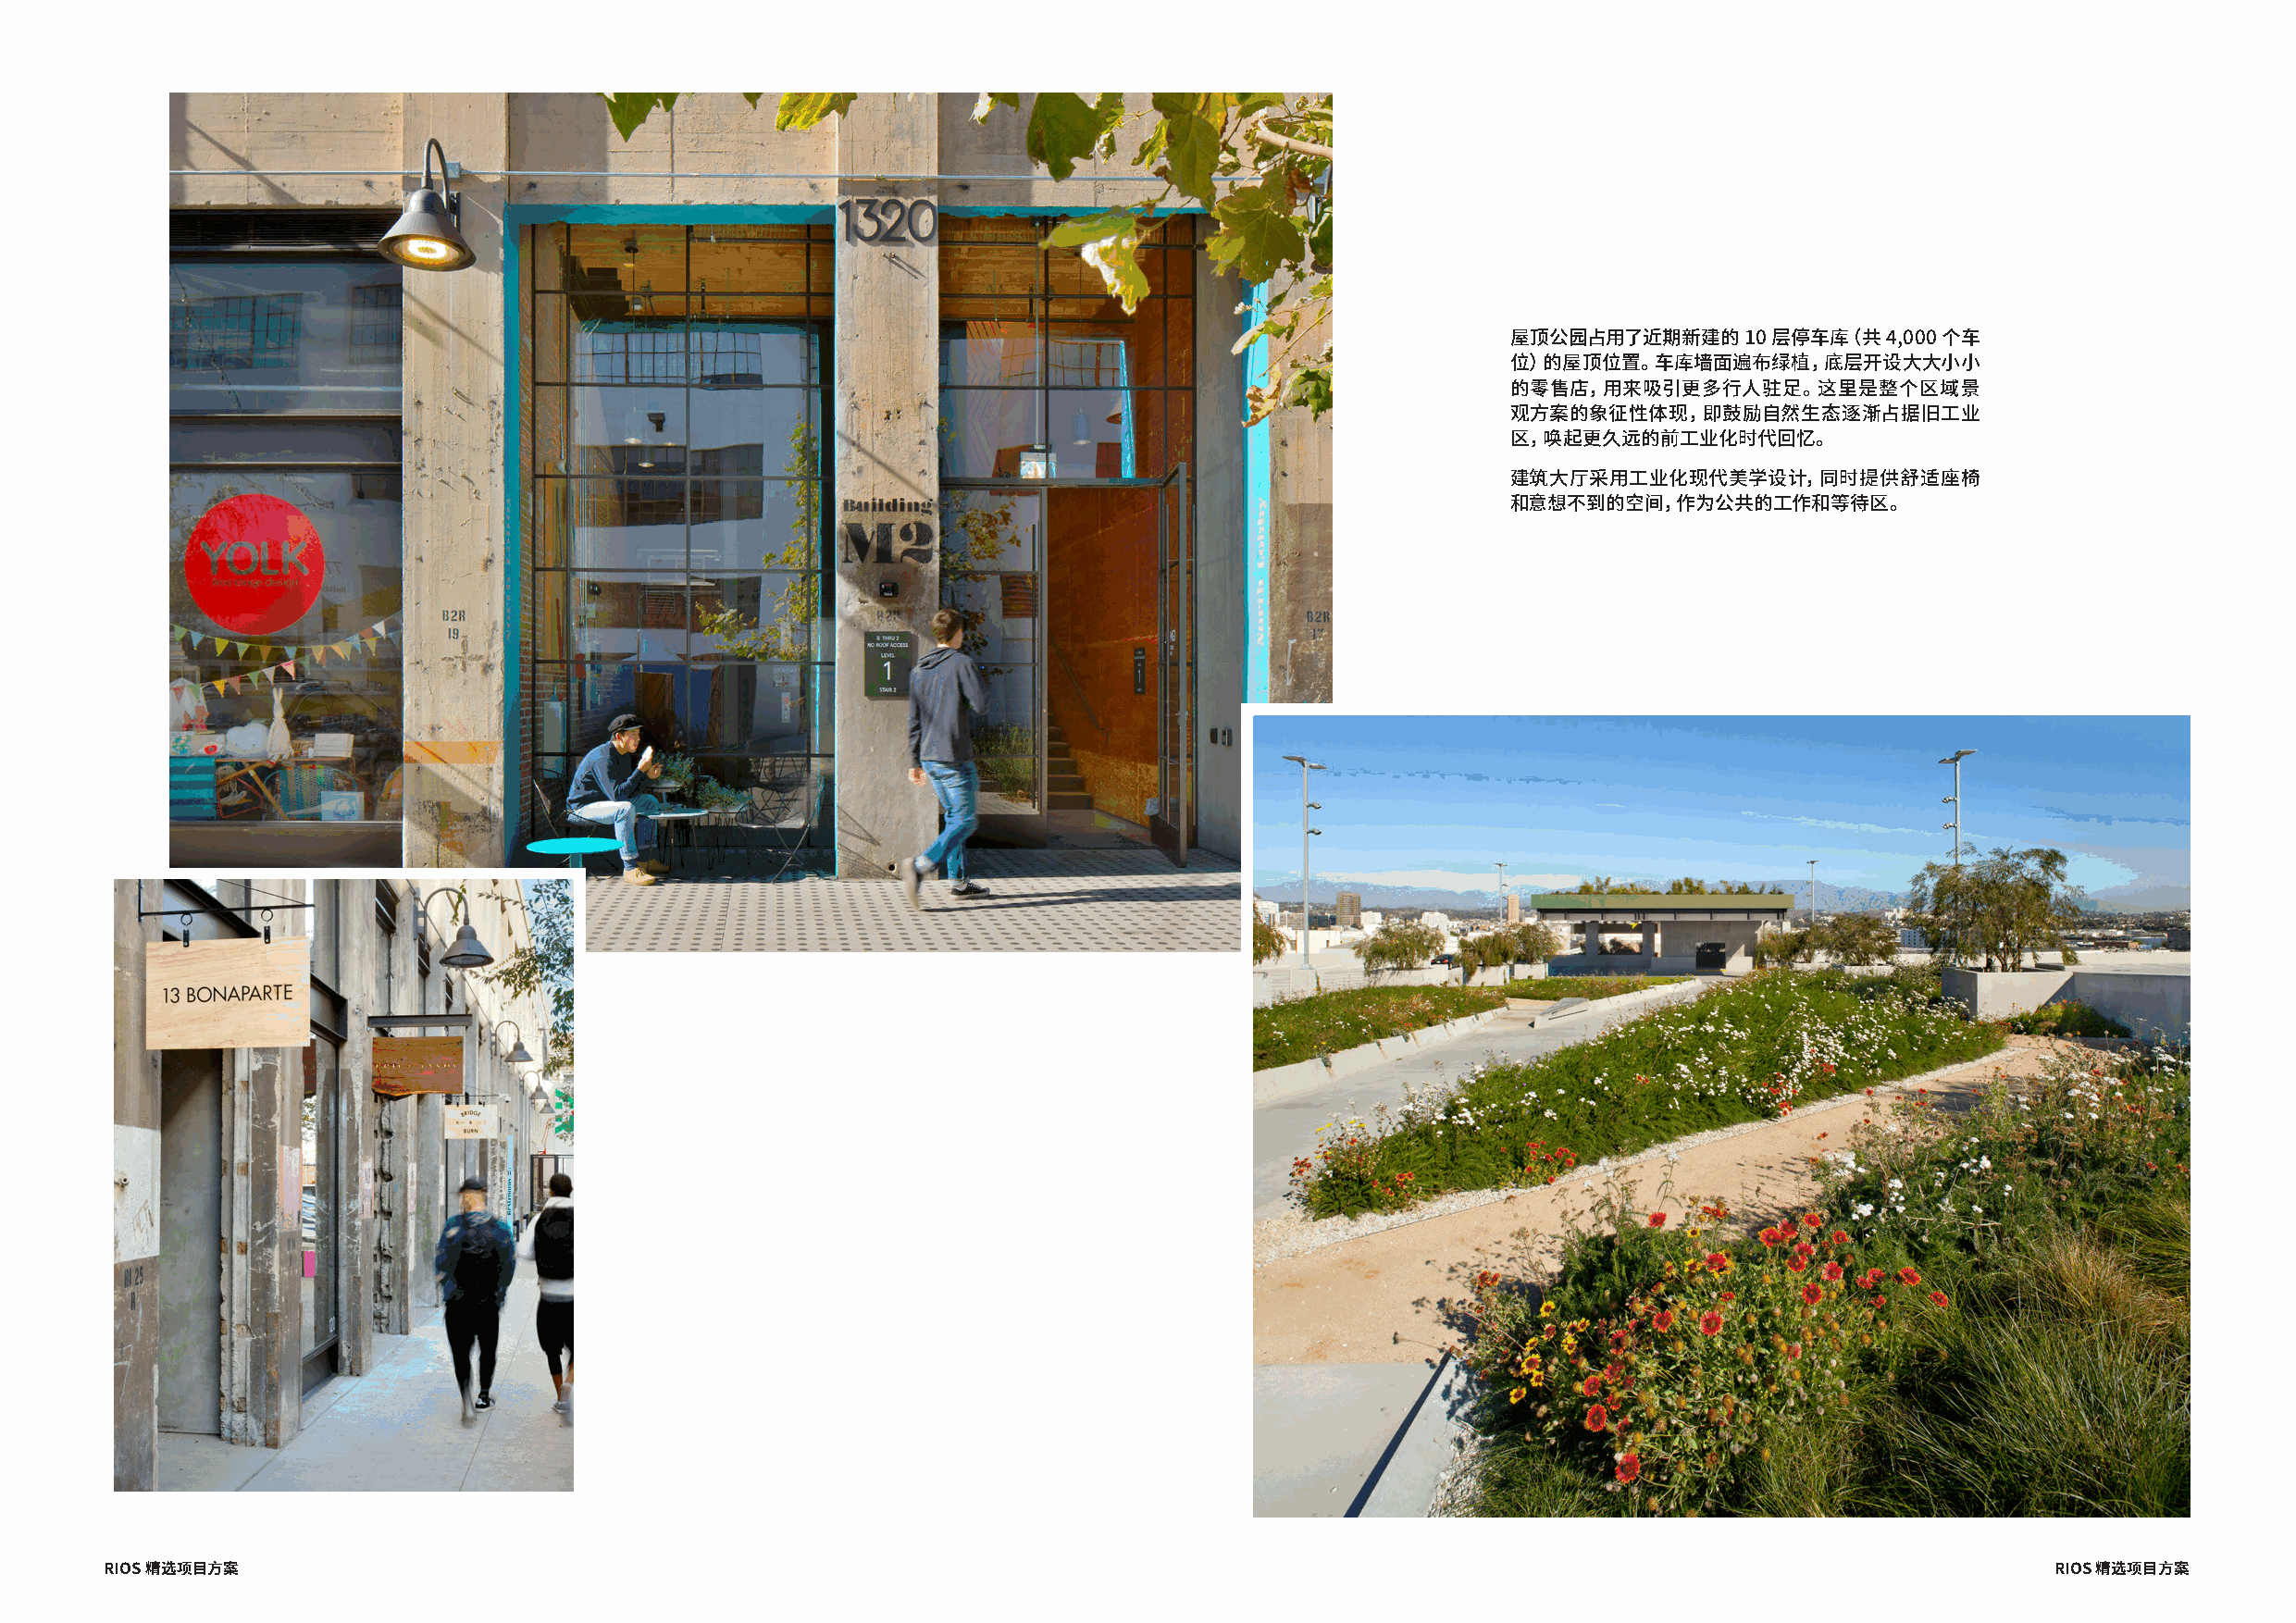
屋顶公园占用了近期新建的     10 层停车库（共 4,000 个车
 位）的屋顶位置。车库墙面遍布绿植，底层开设大大小小
 的零售店，用来吸引更多行人驻足。这里是整个区域景
 观方案的象征性体现，即鼓励自然生态逐渐占据旧工业
 区，唤起更久远的前工业化时代回忆。
 建筑大厅采用工业化现代美学设计，同时提供舒适座椅
 和意想不到的空间，作为公共的工作和等待区。
 RIOS 精选项目方案                                                                                                                                 RIOS 精选项目方案